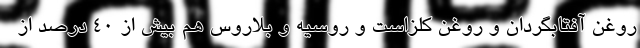
روغن آفتابگردان و روغن کلزاست و روسیه و بلاروس هم بیش از ۴۰ درصد از